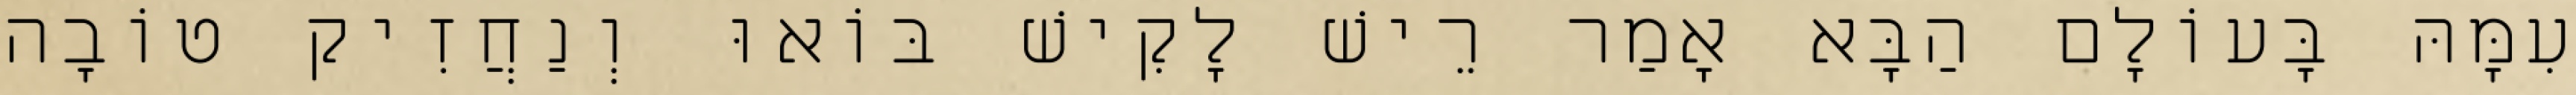
עִמָּהּ בָּעוֹלָם הַבָּא אָמַר רֵישׁ לָקִישׁ בּוֹאוּ וְנַחֲזִיק טוֹבָה